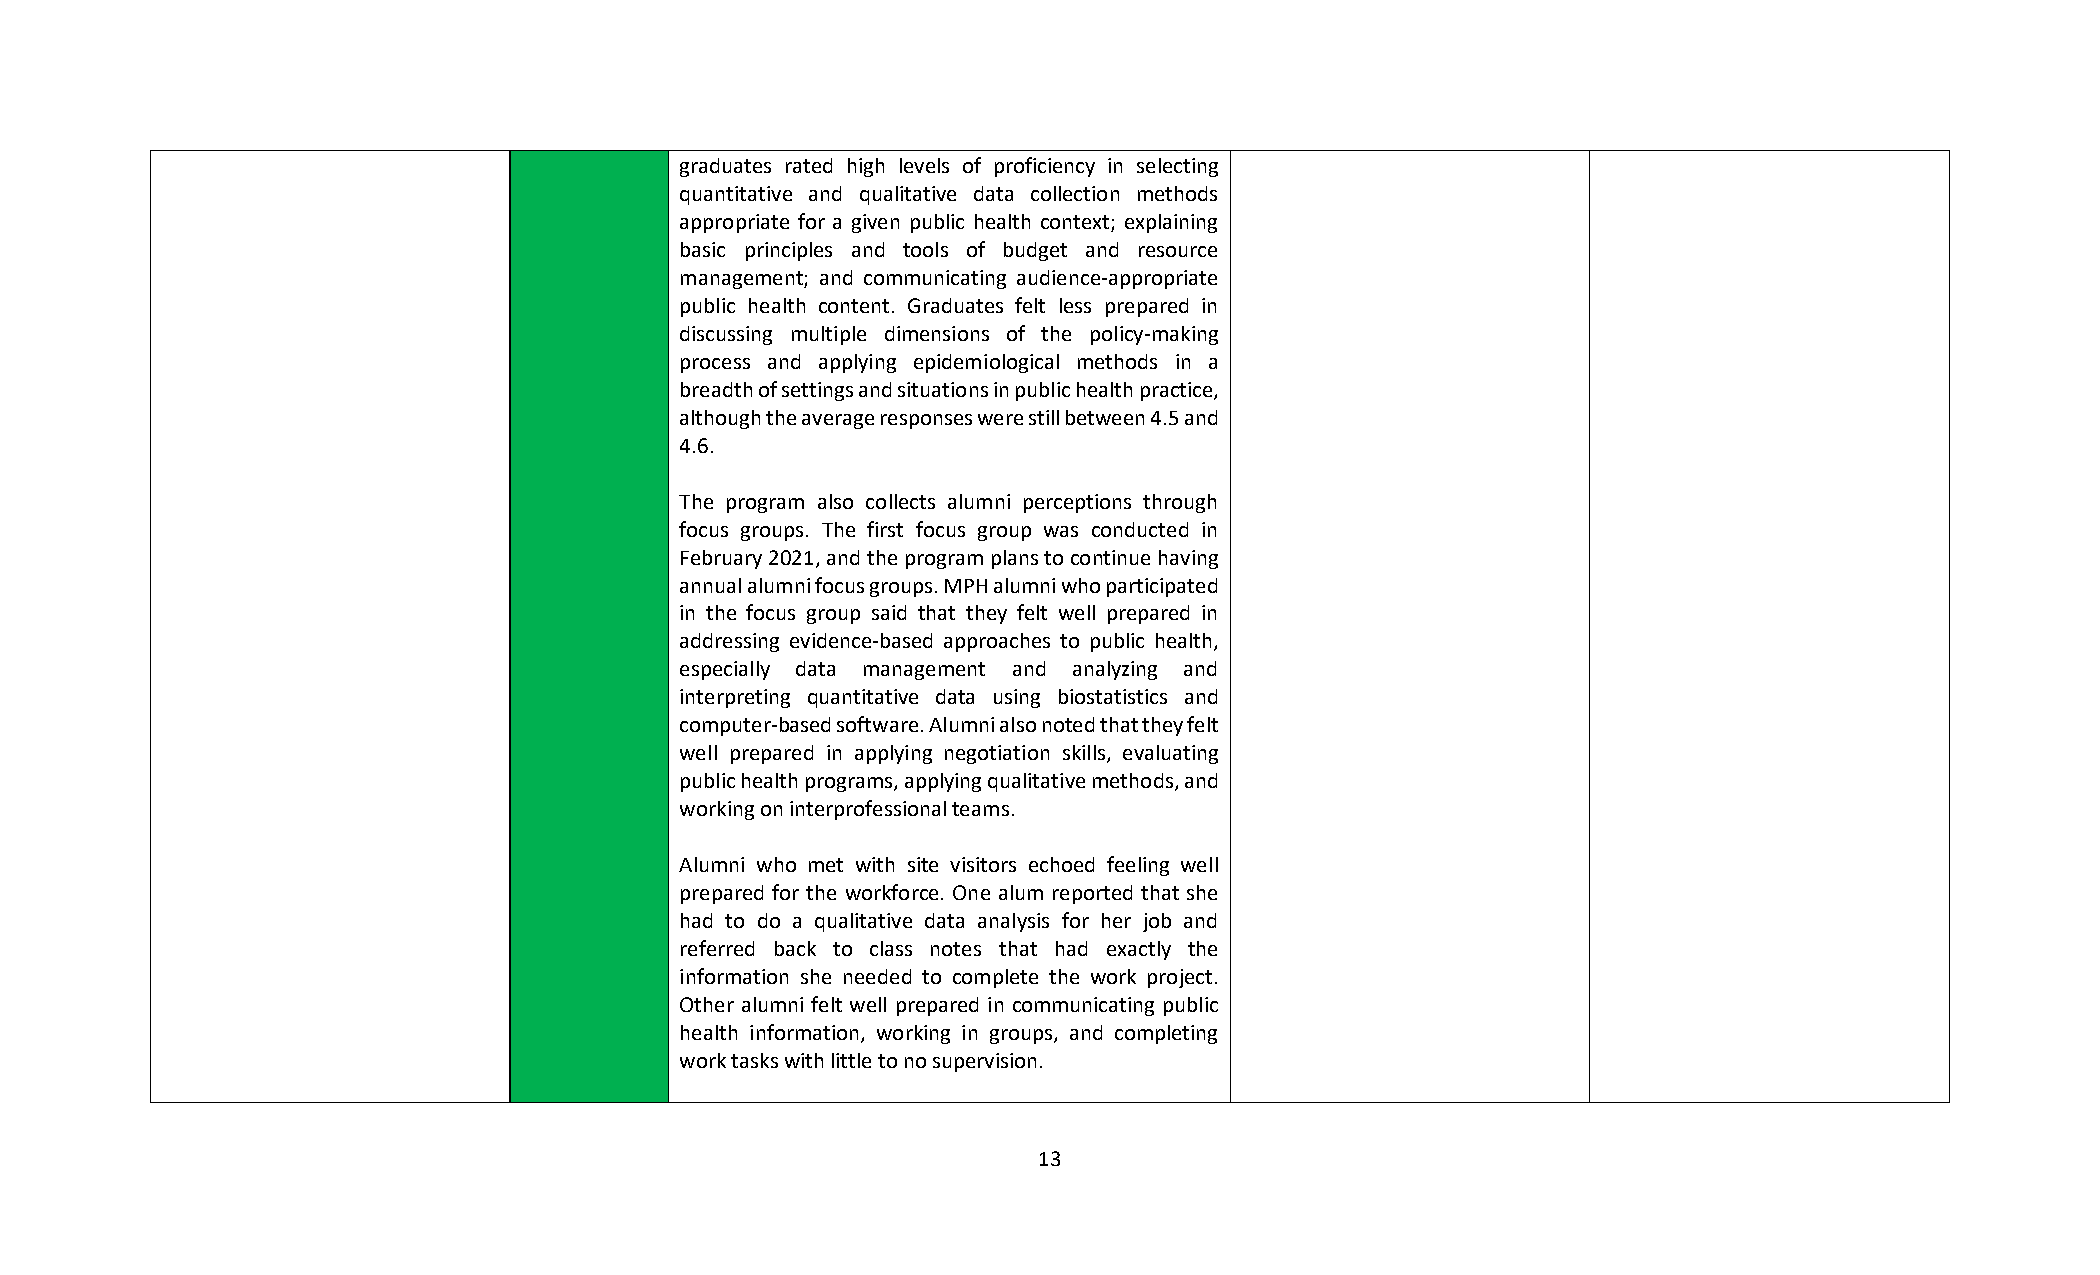
graduates rated high levels of proficiency in selecting
 quantitative and qualitative data collection methods
 appropriate for a given public health context; explaining
 basic principles and tools of budget and resource
 management; and communicating audience-appropriate
 public health content. Graduates felt less prepared in
 discussing multiple dimensions of the policy-making
 process and applying epidemiological methods in a
 breadth of settings and situations in public health practice,
 although the average responses were still between 4.5 and
 4.6.
 The program also collects alumni perceptions through
 focus groups. The first focus group was conducted in
 February 2021, and the program plans to continue having
 annual alumni focus groups. MPH alumni who participated
 in the focus group said that they felt well prepared in
 addressing evidence-based approaches to public health,
 especially data management and analyzing and
 interpreting quantitative data using biostatistics and
 computer-based software. Alumni also noted that they felt
 well prepared in applying negotiation skills, evaluating
 public health programs, applying qualitative methods, and
 working on interprofessional teams.
 Alumni who met with site visitors echoed feeling well
 prepared for the workforce. One alum reported that she
 had to do a qualitative data analysis for her job and
 referred back to class notes that had exactly the
 information she needed to complete the work project.
 Other alumni felt well prepared in communicating public
 health information, working in groups, and completing
 work tasks with little to no supervision.
 13